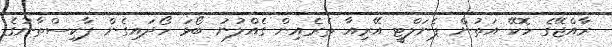
ރާއްޖޭގެ ހޮކޭ އަތުން ޕެނަލްޓީ އޭރިއާ ތެރެއިން ގެއްލުނު ބޯޅަ ހޯދައިގެން ޕާކިސްތާނުގެ